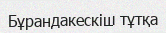
Бұрандакескіш тұтқа